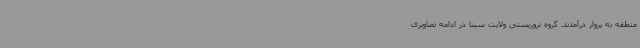
منطقه به پرواز درآمدند. گروه تروریستی ولایت سینا در ادامه تصاویری